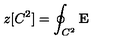
z [ C ^ { 2 } ] = \oint _ { C ^ { 2 } } { \mathbf E }